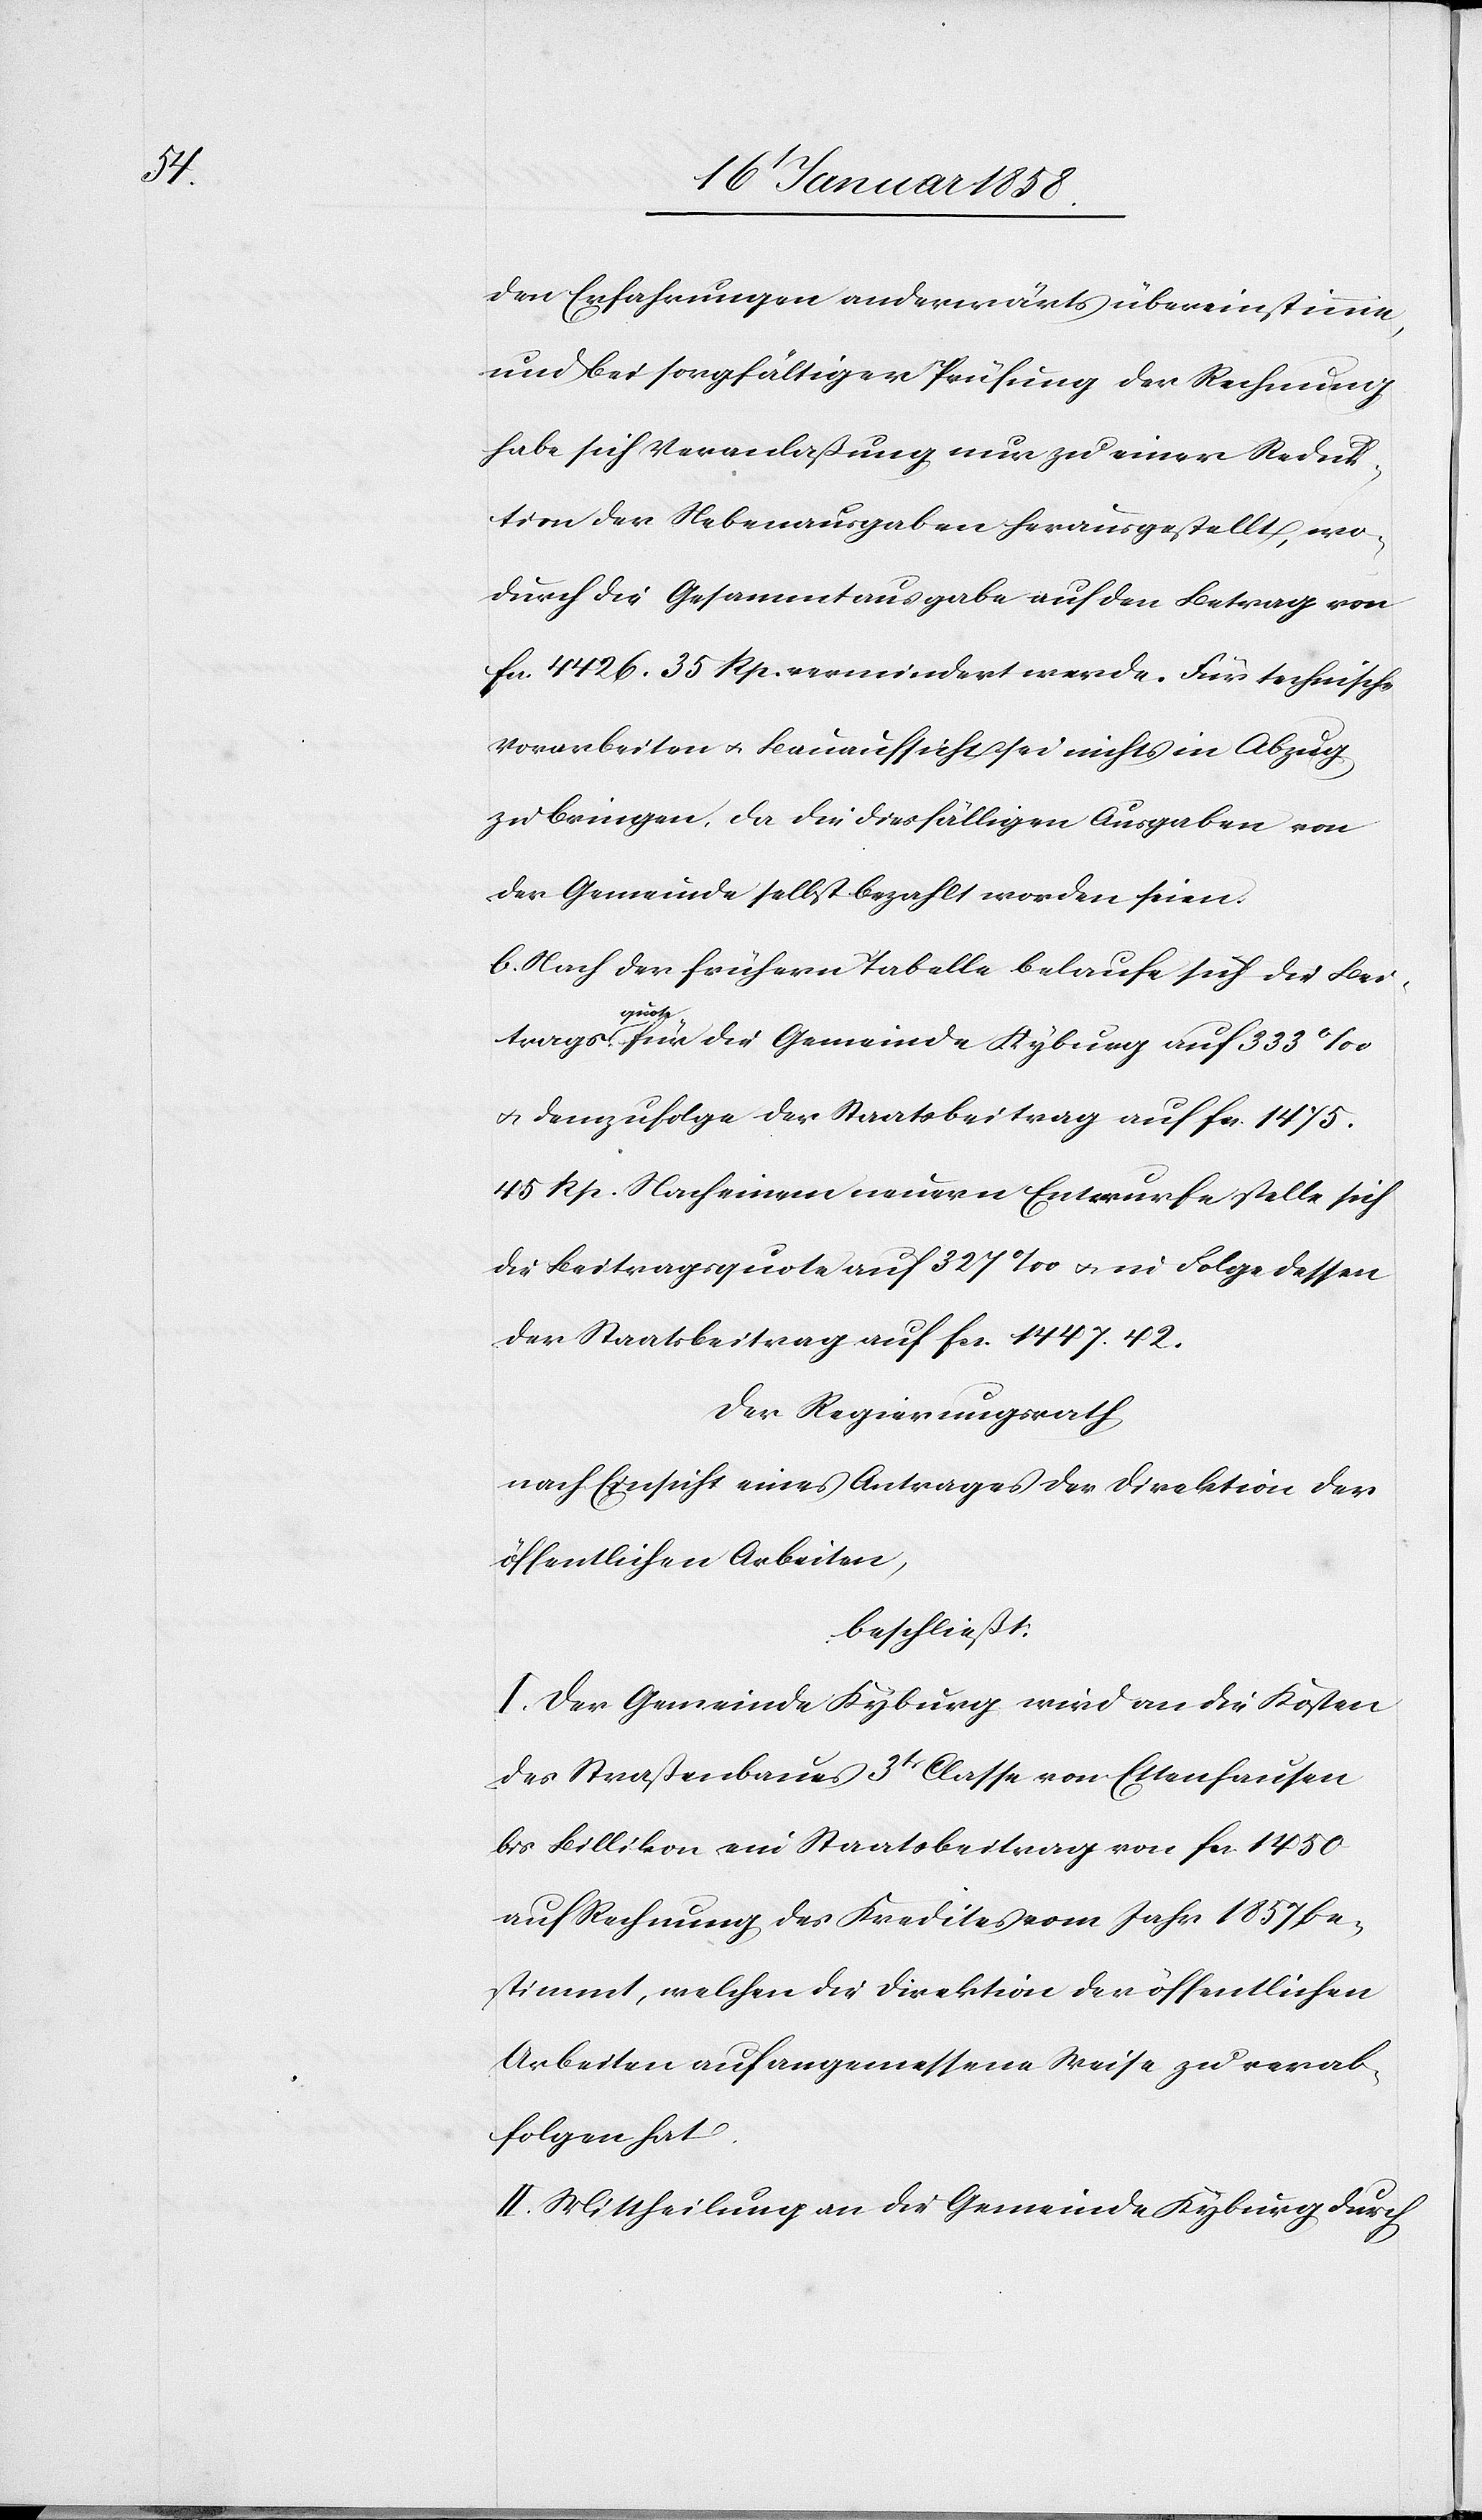
den Erfahrungen anderwärts übereinstimme,
und bei sorgfältiger Prüfung der Rechnung
habe sich Veranlaßung nur zu einer Reduk¬
tion der Nebenausgaben herausgestellt, wo¬
durch die Gesammtausgabe auf den Betrag von
fcs. 4426. 35 Rp. vermindert werde. Für technische
Vorarbeiten u. Bauaufsicht sei nichts in Abzug
zu bringen, da die diesfälligen Ausgaben von
der Gemeinde selbst bezahlt worden seien.
b. Nach der frühern Tabelle belaufe sich die Bei¬
tragsquote für die Gemeinde Kyburg auf 333 ‰
u. demzufolge der Staatsbeitrag auf fcs. 1475.
45 Rp. Nach einem neuern Entwurfe stelle sich
die Beitragsquote auf 327 ‰ u. in Folge dessen
der Staatsbeitrag auf fcs. 1447.42.
Der Regierungsrath
nach Einsicht eines Antrages der Direktion der
öffentlichen Arbeiten,
beschließt:
I. Der Gemeinde Kyburg wird an die Kosten
des Straßenbaues 3t Classe von Ettenhausen
bis Billikon ein Staatsbeitrag von fcs. 1450
auf Rechnung des Kredites vom Jahr 1857 be¬
stimmt, welchen die Direktion der öffentlichen
Arbeiten auf angemessene Weise zu verab¬
folgen hat.
II. Mittheilung an die Gemeinde Kyburg durch